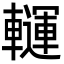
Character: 𨏂